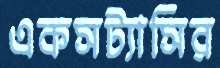
একসট্যাসির